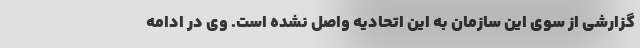
گزارشی از سوی این سازمان به این اتحادیه واصل نشده است. وی در ادامه